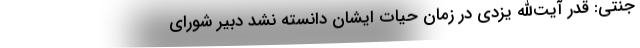
جنتی: قدر آیت‌الله یزدی در زمان حیات ایشان دانسته نشد دبیر شورای